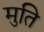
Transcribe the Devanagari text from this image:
मुति